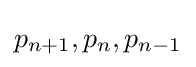
p_{n+1},p_{n},p_{n-1}